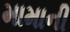
મામાની